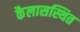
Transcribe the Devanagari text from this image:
कैलासस्थित